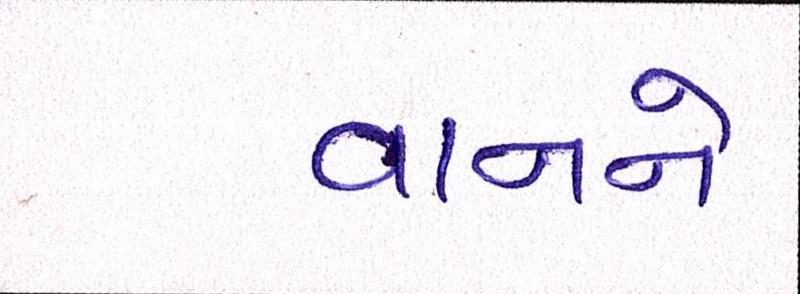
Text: વાનને